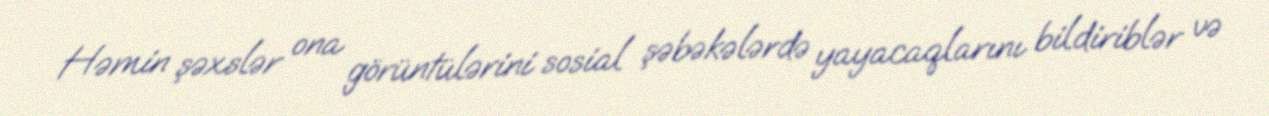
Həmin şəxslər ona görüntülərini sosial şəbəkələrdə yayacaqlarını bildiriblər və